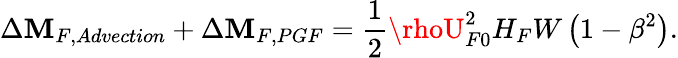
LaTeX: \Delta\mathbf{M}_{F,Advection}+\Delta\mathbf{M}_{F,PGF}=\frac{{1}}{{2}}\rhoU_{F0}^{2}H_{F}W\left(1-\beta^{2}\right).